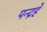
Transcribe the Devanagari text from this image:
पन्द्रहे